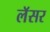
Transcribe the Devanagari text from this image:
लॅसर